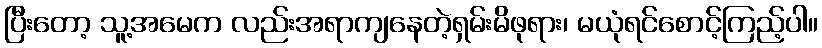
ပြီးတော့ သူ့အမေက လည်းအရာကျနေတဲ့ရှမ်းမိဖုရား၊ မယုံရင်စောင့်ကြည့်ပါ။